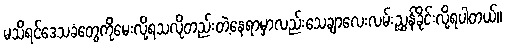
မသိရင်ဒေသခံတွေကိုမေးလို့ရသလိုတည်းတဲ့နေရာမှာလည်းသေချာလေးလမ်းညွှန်ခိုင်းလို့ရပါတယ်။